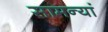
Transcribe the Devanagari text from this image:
सामन्यां